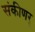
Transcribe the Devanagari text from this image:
संकीणर्